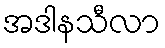
အဒါနသီလာ